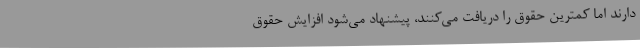
دارند اما کمترین حقوق را دریافت می‌کنند، پیشنهاد می‌شود افزایش حقوق